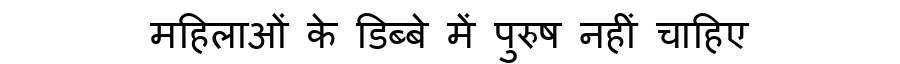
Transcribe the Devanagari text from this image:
महिलाओं के डिब्बे में पुरुष नहीं चाहिए